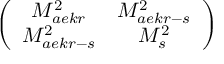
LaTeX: \left( \begin{array} { c c } { { M _ { a e k r } ^ { 2 } } } & { { M _ { a e k r - s } ^ { 2 } } } \\ { { M _ { a e k r - s } ^ { 2 } } } & { { M _ { s } ^ { 2 } } } \end{array} \right)